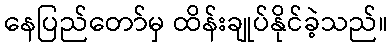
နေပြည်တော်မှ ထိန်းချုပ်နိုင်ခဲ့သည်။